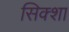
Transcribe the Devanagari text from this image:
सिक्शा